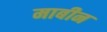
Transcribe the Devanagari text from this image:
माबीन